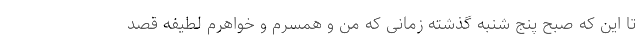
تا این که صبح پنج شنبه گذشته زمانی که من و همسرم و خواهرم لطیفه قصد